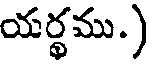
యర్థము.)